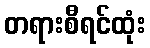
တရားစီရင်ထုံး